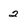
Character: 2